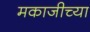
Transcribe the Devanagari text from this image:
मकाजीच्या